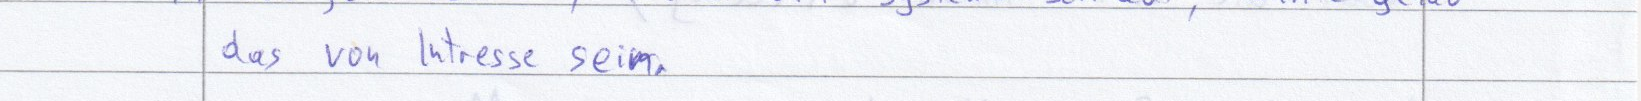
das von Intresse sein.